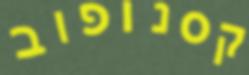
קסנופוב